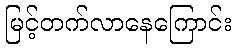
မြင့်တက်လာနေကြောင်း